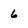
Character: 6